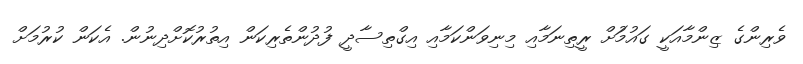
ވެރިންގެ ޒިންމާއަކީ ގައުމުަށް ރީތިނަމާއި މިނިވަންކަމާއި އިގްތިސާދީ ފުދުންތެރިކަން އިތުރުކޮށްދިނުން. އެކަން ކުރުމަށް